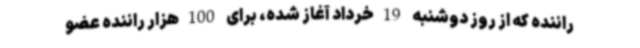
راننده که از روز دوشنبه 19خرداد آغاز شده، برای 100هزار راننده عضو